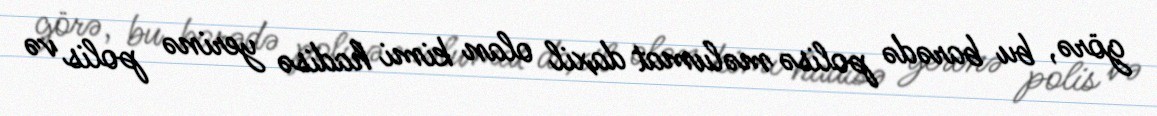
görə, bu barədə polisə məlumat daxil olan kimi hadisə yerinə polis və